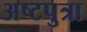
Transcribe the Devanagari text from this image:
अष्टपुत्रा